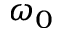
\omega _ { 0 }